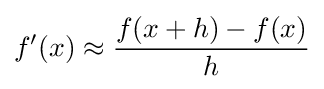
f'(x)\approx {\frac {f(x+h)-f(x)}{h}}